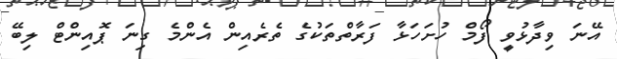
އޭނަ ވިދާޅުވީ ފޯމް ހުށަހަޅާ ފަރާތްތަކުގެ ތެރެއިން އެންމެ ގިނަ ޕޮއިންޓް ލިބޭ